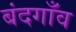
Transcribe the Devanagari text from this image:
बंदगाँव